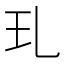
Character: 玌